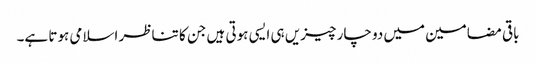
باقی مضامین میں دو چار چیزیں ہی ایسی ہوتی ہیں جن کا تناظر اسلامی ہوتا ہے۔